Notes on vaccination in the North-West Frontier Province 1923-1928 - 1923-1928
Year: 1923
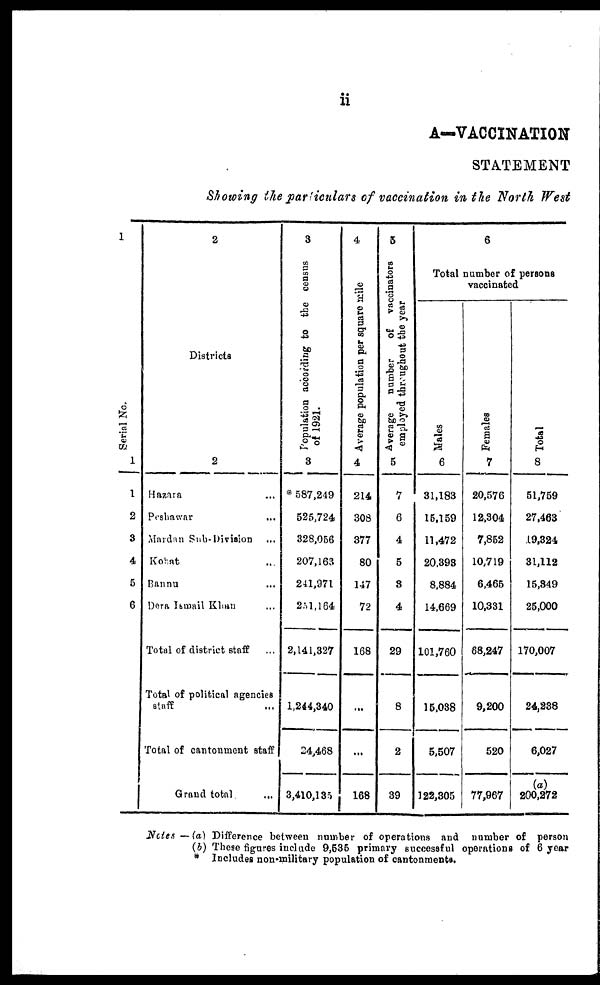
ii
A—VACCINATION
STATEMENT
Showing the particulars of vaccination in the North West
1
Serial No.
1
1
2
3
4
5
6
2
Districts
2
Hazara ...
Peshawar ...
Mardan Sub-Division ...
Kohat ...
Bannu ...
Dera Ismail Khan ...
Total of district staff ...
Total of political agencies
staff ...
Total of cantonment staff
Grand total ...
3
Population according to the census
of 1921.
3
* 587,249
525,724
328,056
207,163
241,971
251,164
2,141,327
1,244,340
24,468
3,410,135
4
Average population per square mile
4
214
308
377
80
147
72
168
...
...
168
5
Average
number
of vaccinators
employed throughout the year
5
7
6
4
5
3
4
29
8
2
39
6
Total number of persons
vaccinated
Males
6
31,183
15,159
11,472
20,393
8,884
14,669
101,760
15,038
5,507
122,305
Females
7
20,576
12,304
7,852
10,719
6,465
10,331
68,247
9,200
520
77,967
Total
8
51,759
27,463
19,324
31,112
15,349
25,000
170,007
24,238
6,027
(a)
200,272
Notes — (a) Difference between number of operations and number of person
(b) These figures include 9,535 primary successful operations of 6 year
* Includes non-military population of cantonments.